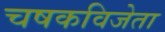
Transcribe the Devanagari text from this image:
चषकविजेता